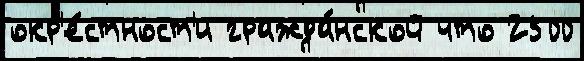
окр'е́стност'и гражда́нской что 2500